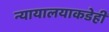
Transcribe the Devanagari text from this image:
न्यायालयाकडेही